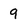
Character: 9